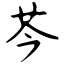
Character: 芩